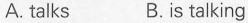
A. talks B.is talking